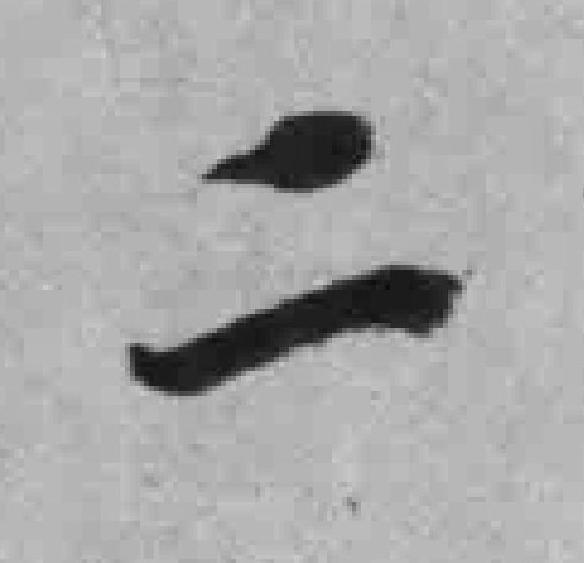
二